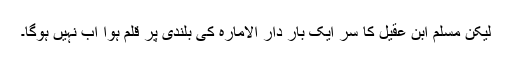
لیکن مسلم ابن عقیل کا سر ایک بار دار الامارہ کی بلندی پر قلم ہوا اب نہیں ہوگا۔